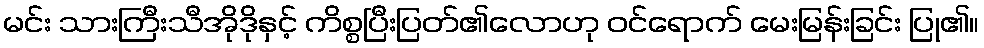
မင်း သားကြီးသီအိုဒိုနှင့် ကိစ္စပြီးပြတ်၏လောဟု ဝင်ရောက် မေးမြန်းခြင်း ပြု၏။